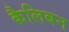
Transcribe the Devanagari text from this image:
कैलिबन